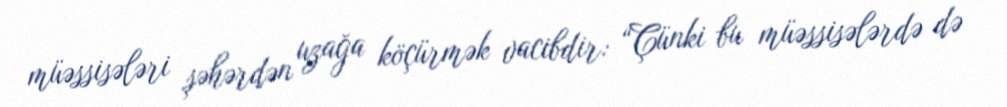
müəssisələri şəhərdən uzağa köçürmək vacibdir: “Çünki bu müəssisələrdə də